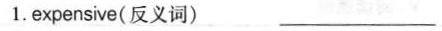
1. expensive( 反义词) ___